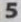
5